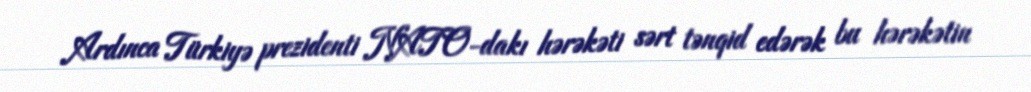
Ardınca Türkiyə prezidenti NATO-dakı hərəkəti sərt tənqid edərək bu hərəkətin